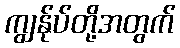
ကျွန်ုပ်တို့အတွက်